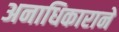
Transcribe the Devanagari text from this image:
अनाधिकाराने